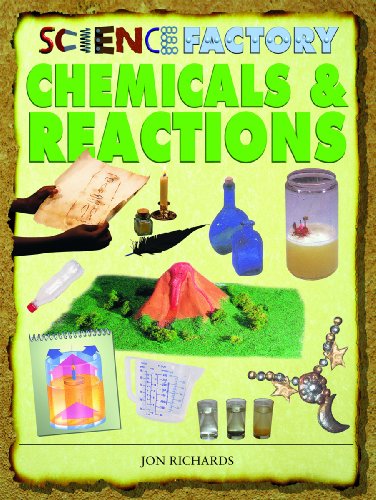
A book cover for Chemicals & Reactions (Science Factory); Jon Richards; Children's Books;